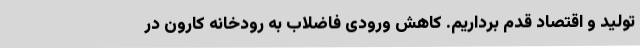
تولید و اقتصاد قدم برداریم. کاهش ورودی فاضلاب به رودخانه کارون در